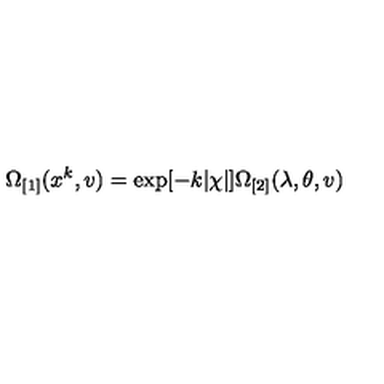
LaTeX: \Omega _ { \lbrack 1 ] } ( x ^ { k } , v ) = \exp [ - k | \chi | ] \Omega _ { \lbrack 2 ] } ( \lambda , \theta , v )